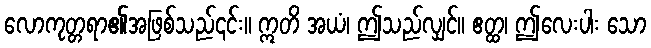
လောကုတ္တရာ၏အဖြစ်သည်၎င်း။ ဣတိ အယံ၊ ဤသည်လျှင်။ ဧတ္ထ၊ ဤလေးပါး သော